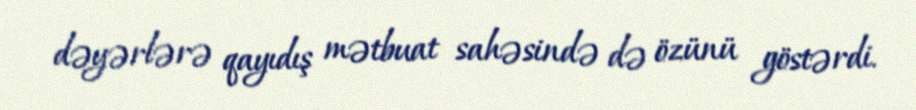
dəyərlərə qayıdış mətbuat sahəsində də özünü göstərdi.